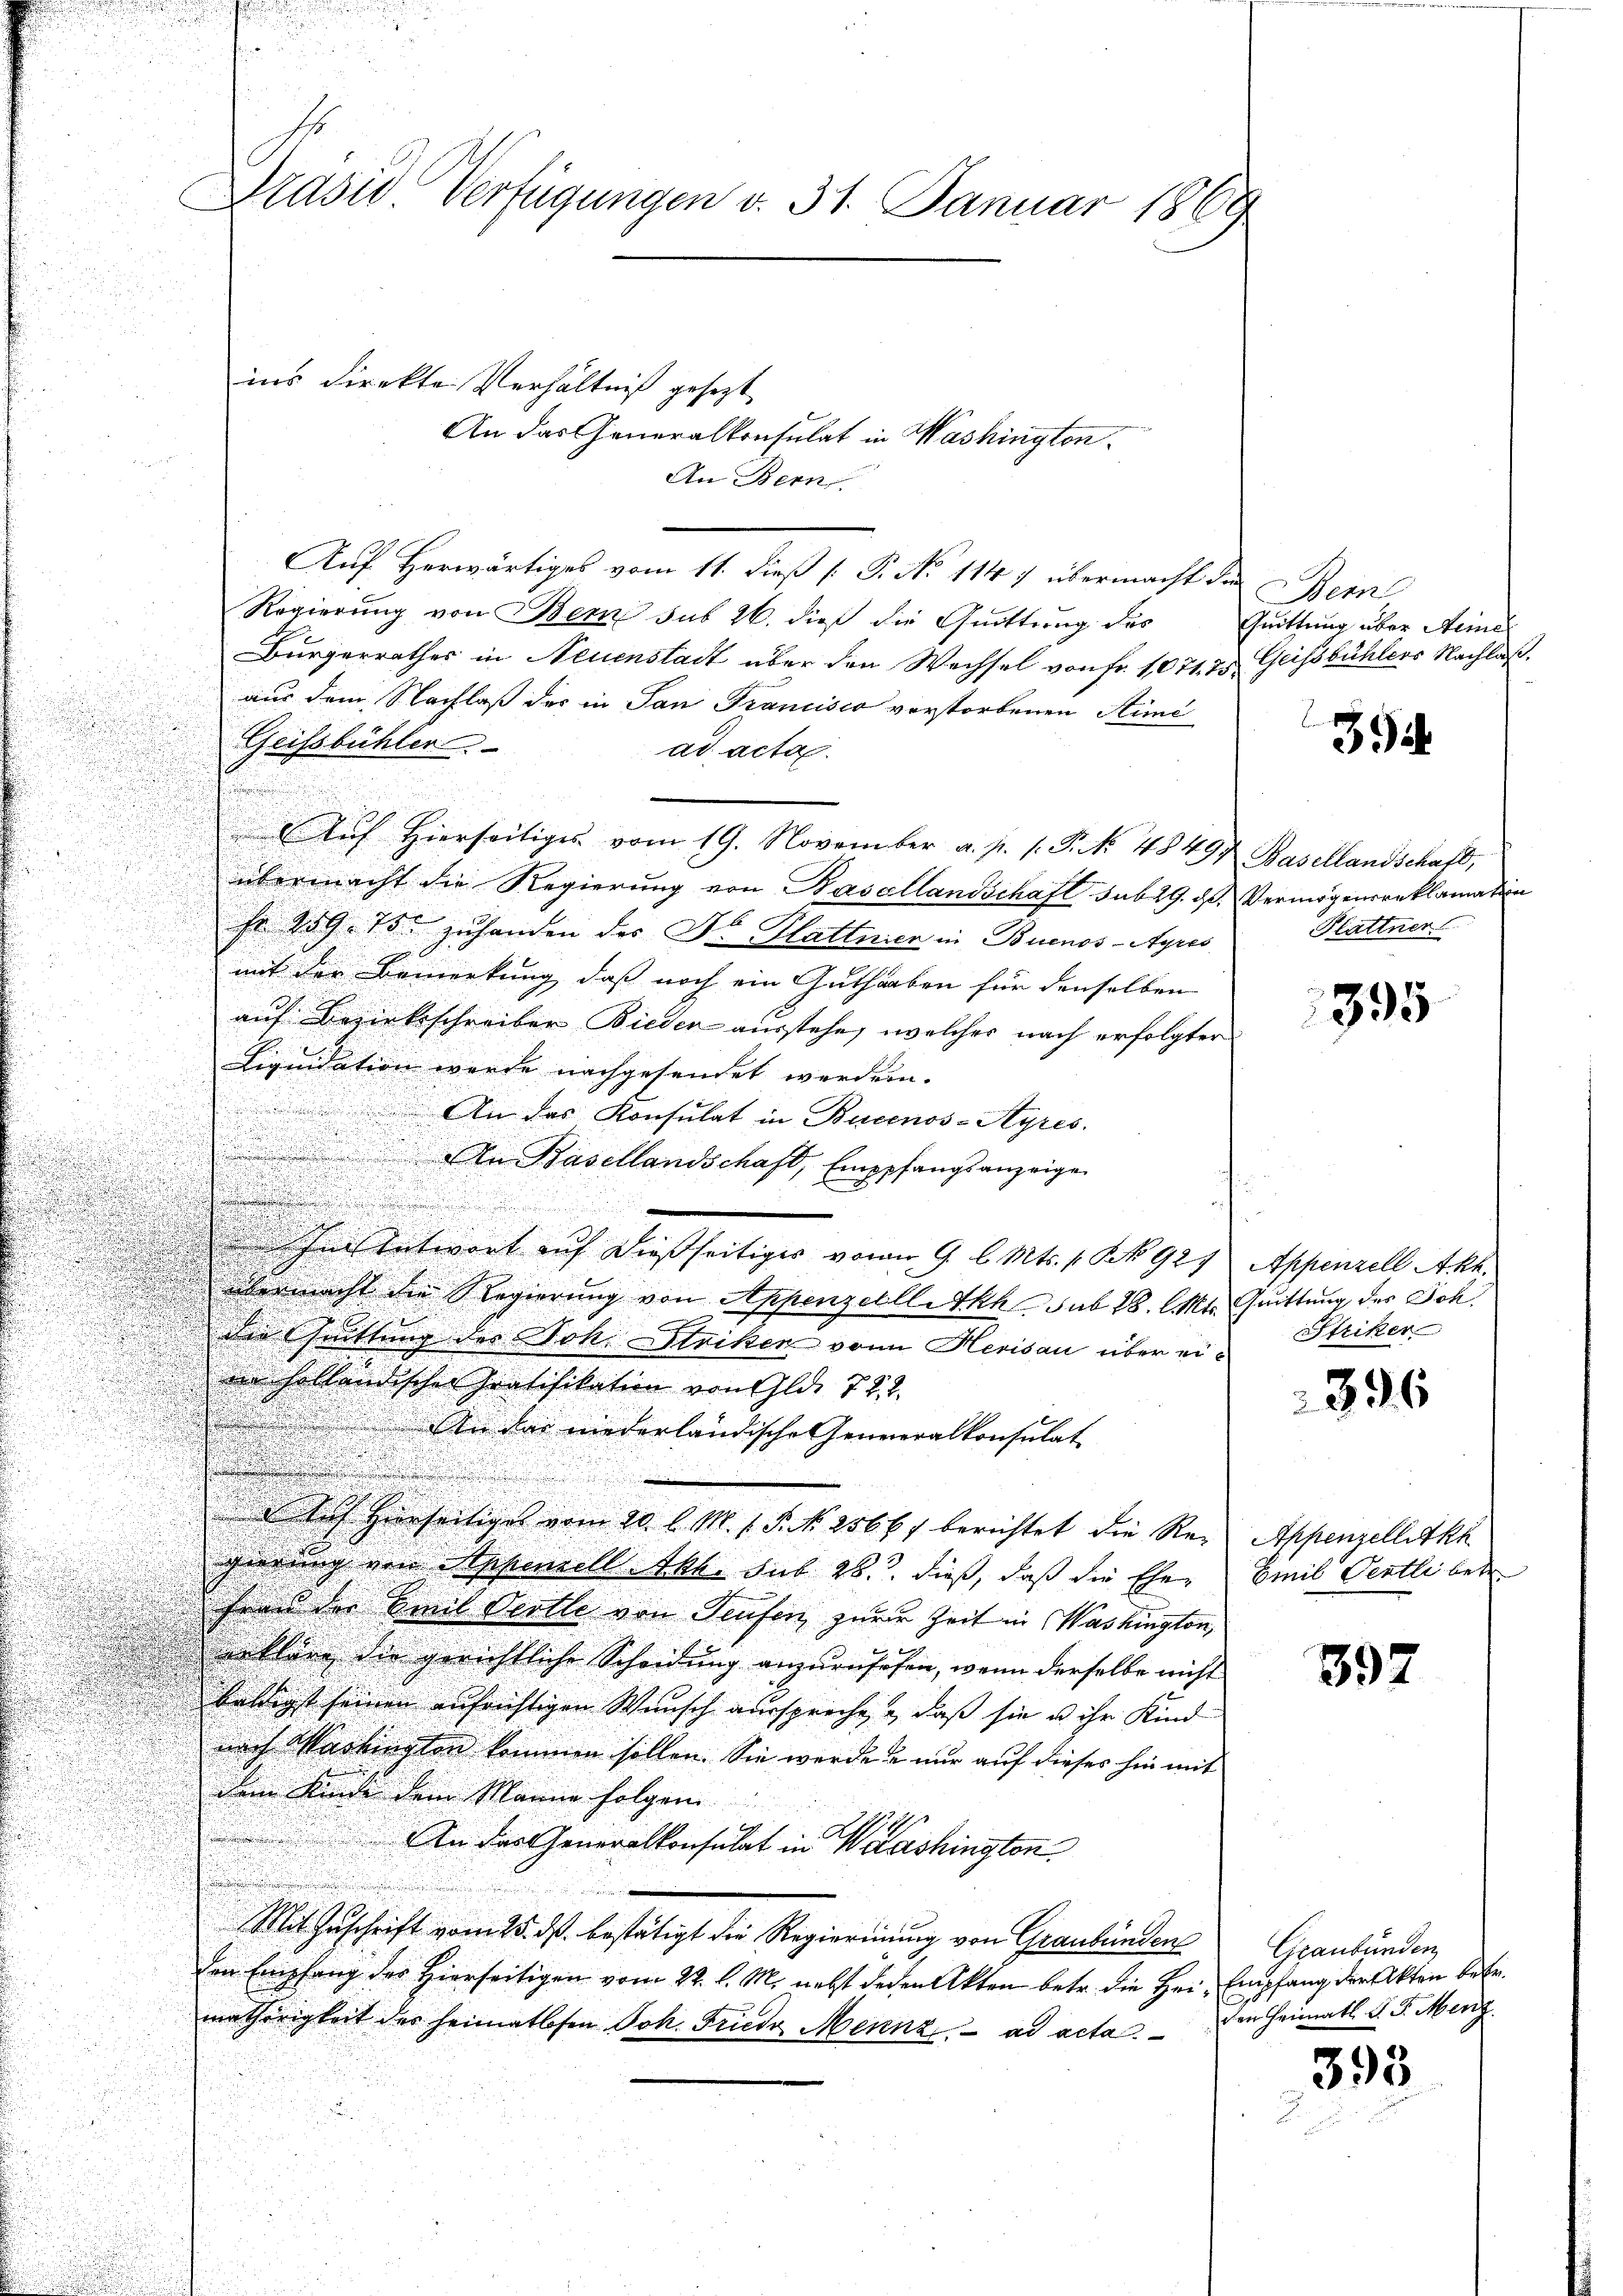
An das Generalkonsulat in Washingten.
An Bern
Auf Herwärtiges vom 11. dieß [ P. No 1147 übermacht die
Regierung von Bern sub 26. dieß die Quittung des
Bürgerrathes in Neuenstadt über den Wechsel von Fr. 1071. 75.
aus dem Nachlaß der in San Francisco vorstorbenen Stimi
Geifsbühler
ad acta.
Auf Hierseitiges vom 19. November a. p. 1. P. No. 4849.
s

.
übermacht die Regierung von Basellandschaft sub 29. d.

sr 259. 75. zuhanden des Dr. Plattner in Buenos-Ayres
u
d

mit der Bemerkung, daß noch ein Guthaben für denselben
auf Bezirksschreiber Bieder ausstehe, welches nach erfolgter
Liquidation werde nachgesendet werden.
 An das Konsulat in Buenos-Ayres.
u
An Basellandschaft, Emppfangsanzeige

g
.

d hue entwort auf dießseitiges vom 9. l. Mts. 1. No 929
übermacht die Regierung von AppenzellleAkh sub 28. C. Mts.
die Grittung des Joh. Striker von Herisau über einn holländischer Gratifikation von Gld. 722.
n
n das niederländische Generalkonsulat
.

e sich hierseitiges vom 20. l. M. s. S. Nr. 2566, berichtet die Regierung von Appenzell Akt. sub 28. dieß, daß die Ehe-
Frau der Emil Oertle von Teufen zur Zeit in Washington,
erklang die gerichtliche Scheidung anzuruhefen, wenn derselbe nicht
baldigst seinen aufrichtigen Wunsch ausspreche, & daß sie u ihr Kind
nach Markingten kommen sollen. Sie werde u nur auf dieses hin mit
dem Kinde dem Manne folgen
.
An das Generalkonsulat in Washington
Mit Zuschrift vom 25. ds. bestätigt die Regierung von Graubünden
den Empfang der Hierseitigen vom 22. l. M. nebst jeden Akten betr. die Hei- Empfang der Akten betr.
mathörigkeit des Heimatlosen Joh. Friede Mennz.  ad acta den Heimatl. G. L. Menz

Präsid Verfügungen v. 31. Januar 1869

ins direkte Verhältniß gesezt

Bem
Quittung über Seine
Geissbühlers Nachlaß.

351

Basellandschaft,
Vermögensreklamation
Plattner

395

Appenzell Akt.
Quittung des Joh.
Striker

396

Appenzelligke
Emil Oertli betr.

592

Graubünden

393